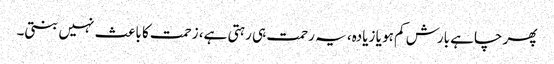
پھر چاہے بارش کم ہو یا زیادہ، یہ رحمت ہی رہتی ہے، زحمت کا باعث نہیں بنتی۔